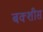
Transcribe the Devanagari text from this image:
बक्शीस